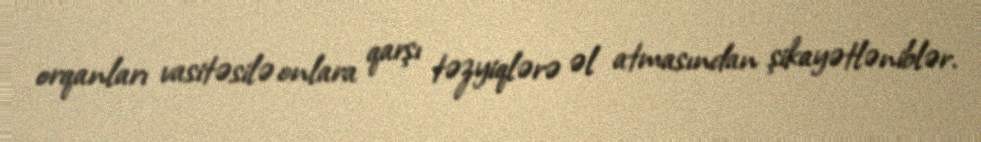
orqanları vasitəsilə onlara qarşı təzyiqlərə əl atmasından şikayətləniblər.